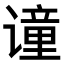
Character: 𫍼